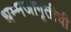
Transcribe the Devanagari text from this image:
धम्मजागृतीची